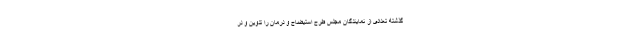
گذشته تعدادی از نمایندگان مجلس طرح استیضاح و درمان را تدوین و در